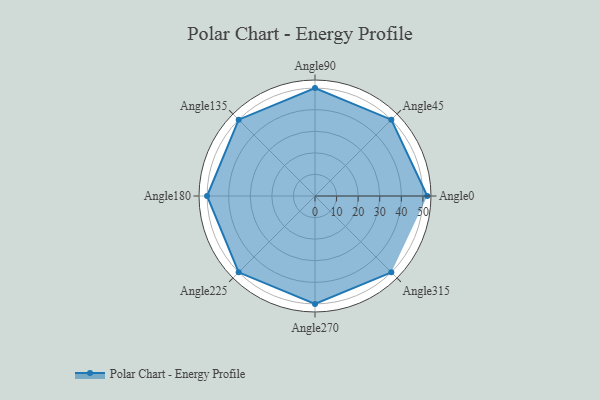
{"axis": {"x": "Angle", "y": "Radius"}, "legend": [""], "data": [{"x": "Angle0", "y": 52.0, "type": ""}, {"x": "Angle45", "y": 50, "type": ""}, {"x": "Angle90", "y": 50, "type": ""}, {"x": "Angle135", "y": 50, "type": ""}, {"x": "Angle180", "y": 50, "type": ""}, {"x": "Angle225", "y": 50, "type": ""}, {"x": "Angle270", "y": 50, "type": ""}, {"x": "Angle315", "y": 50, "type": ""}]}